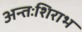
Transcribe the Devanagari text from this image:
अन्तःशिराभ